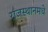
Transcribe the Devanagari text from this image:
राजस्थानमधे